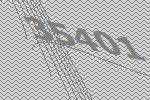
35401